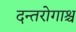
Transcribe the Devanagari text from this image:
दन्तरोगाश्च